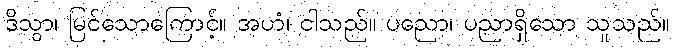
ဒိသွာ၊ မြင်သောကြောင့်။ အဟံ၊ ငါသည်။ ပညော၊ ပညာရှိသော သူသည်။